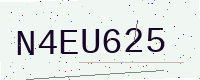
Text: N4EU625